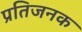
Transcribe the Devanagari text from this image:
प्रतिजनक